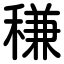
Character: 稴